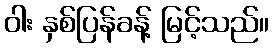
ဝါး နှစ်ပြန်ခန့် မြင့်သည်။